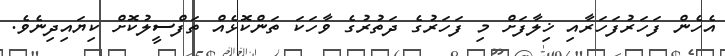
އެހެން ފަހަރުފަހަރާއި ޚިލާފަށް މި ފަހަރުގެ ދަތުރުގެ ވާހަކަ ތަންކޮޅެއް ތަފްސީލުކޮށް ކިޔައިދިނެވެ.